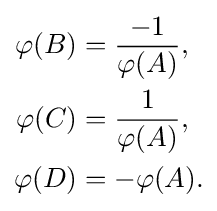
{\begin{aligned}\varphi (B)&={\frac {-1}{\varphi (A)}},\\\varphi (C)&={\frac {1}{\varphi (A)}},\\\varphi (D)&=-\varphi (A).\end{aligned}}